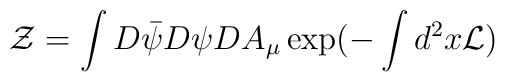
{\cal Z} =  \int D\bar \psi D \psi DA_\mu \exp (- \int d^2x {\cal L})